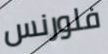
فلورنس